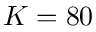
K = 8 0